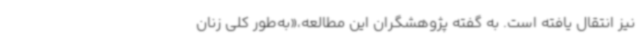
نیز انتقال یافته است. به گفته پژوهشگران این مطالعه،«به‌طور کلی زنان